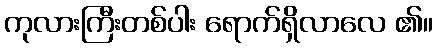
ကုလားကြီးတစ်ပါး ရောက်ရှိလာလေ ၏။